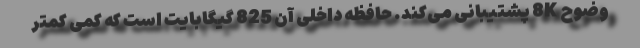
وضوح 8K پشتیبانی می‌کند. حافظه داخلی آن 825 گیگابایت است که کمی کمتر